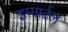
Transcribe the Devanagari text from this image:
इम्मार्टल